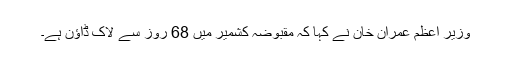
وزیر اعظم عمران خان نے کہا کہ مقبوضہ کشمیر میں 68 روز سے لاک ڈاؤن ہے۔